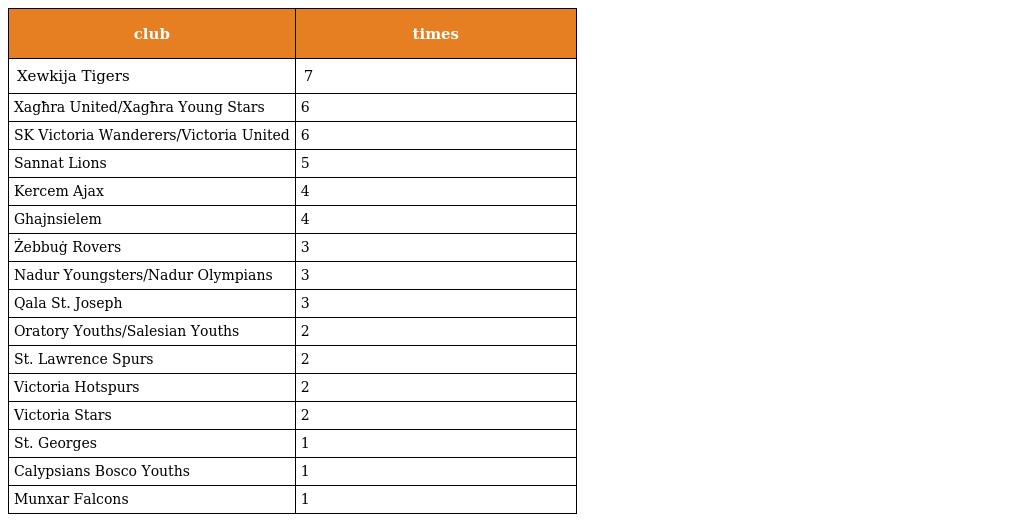
| club | times |
 | --- | --- |
 | Xewkija Tigers | 7 |
 | Xagħra United/Xagħra Young Stars | 6 |
 | SK Victoria Wanderers/Victoria United | 6 |
 | Sannat Lions | 5 |
 | Kercem Ajax | 4 |
 | Ghajnsielem | 4 |
 | Żebbuġ Rovers | 3 |
 | Nadur Youngsters/Nadur Olympians | 3 |
 | Qala St. Joseph | 3 |
 | Oratory Youths/Salesian Youths | 2 |
 | St. Lawrence Spurs | 2 |
 | Victoria Hotspurs | 2 |
 | Victoria Stars | 2 |
 | St. Georges | 1 |
 | Calypsians Bosco Youths | 1 |
 | Munxar Falcons | 1 |